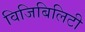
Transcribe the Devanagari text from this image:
विजिबिलिटी